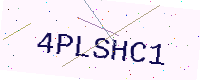
Text: 4PLSHC1